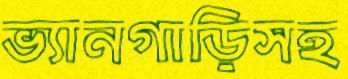
ভ্যানগাড়িসহ